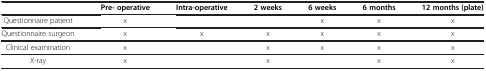
<table><thead><tr><td><b> </b></td><td><b>Pre- operative</b></td><td><b>Intra-operative</b></td><td><b>2 weeks</b></td><td><b>6 weeks</b></td><td><b>6 months</b></td><td><b>12 months (plate)</b></td></tr></thead><tbody><tr><td>Questionnaire patient</td><td>x</td><td> </td><td> </td><td>x</td><td>x</td><td>x</td></tr><tr><td>Questionnaire surgeon</td><td>x</td><td>x</td><td>x</td><td>x</td><td>x</td><td>x</td></tr><tr><td>Clinical examination</td><td>x</td><td> </td><td>x</td><td>x</td><td>x</td><td>x</td></tr><tr><td>X-ray</td><td>x</td><td> </td><td>x</td><td> </td><td>x</td><td>x</td></tr></tbody></table>